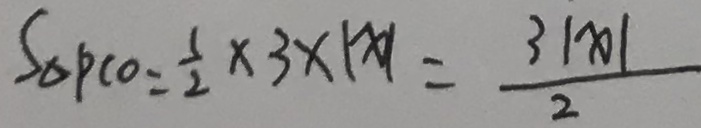
S _ { \Delta P C O } = \frac { 1 } { 2 } \times 3 \times \vert x \vert = \frac { 3 \vert x \vert } { 2 }